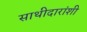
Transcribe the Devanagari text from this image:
साथीदारांशी